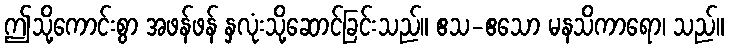
ဤသို့ကောင်းစွာ အဖန်ဖန် နှလုံးသို့ဆောင်ခြင်းသည်။ ဧသ-ဧသော မနသိကာရော၊ သည်။